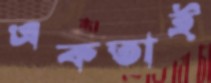
একতাই